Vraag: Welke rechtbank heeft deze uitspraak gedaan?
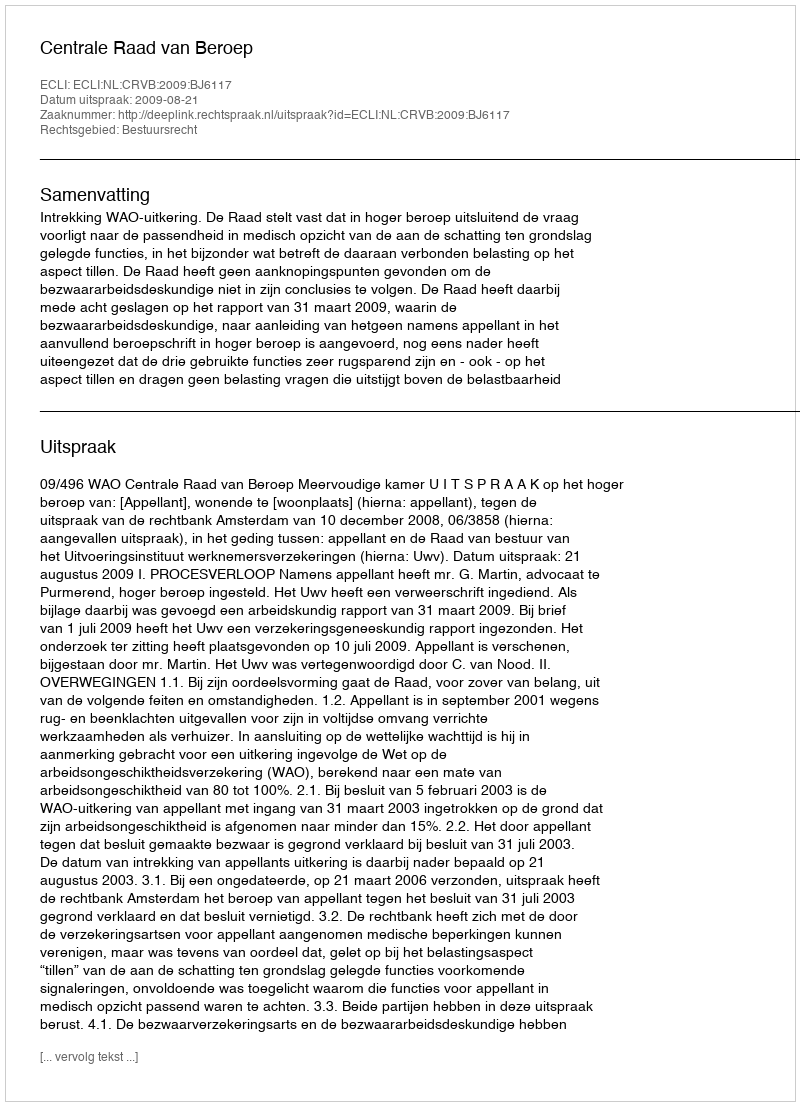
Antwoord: Centrale Raad van Beroep